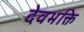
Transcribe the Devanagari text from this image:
देवभक्ति